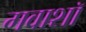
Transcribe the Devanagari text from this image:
गवाशॉ